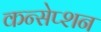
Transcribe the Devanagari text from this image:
कन्सेप्शन